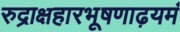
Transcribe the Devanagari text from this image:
रुद्राक्षहारभूषणाढ़यमं